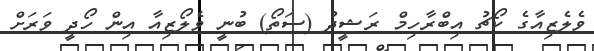
ވެލެޒިއާގެ ކޯޗު އިބްރާހިމް ރަޝީދު (ސަތޯ) ބުނީ ވެލޯޒިއާ އިން ހޯދީ ވަރަށް